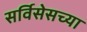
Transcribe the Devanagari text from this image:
सर्विसेसच्या